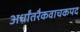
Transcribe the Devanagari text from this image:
अर्धांतरैकवाचकपद